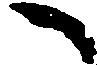
へ